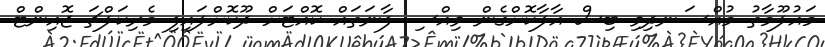
މައުލޫމާތު މުއްސަނދިވި ބިސް އާލާކޮށްގެން ވިއްސި ފާނަތައް ކޮއްޓަށް ދޫކޮށްލައިފި މެރިކަލްޗަ ޖޮއިންޓް